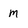
Character: m